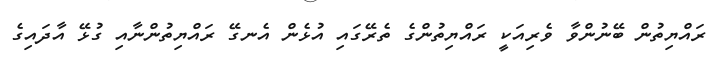
ރައްޔިތުން ބޭނުންވާ ވެރިއަކީ ރައްޔިތުންގެ ތެރޭގައި އުޅެން އެނގޭ ރައްޔިތުންނާއި ގުޅޭ އާދައިގެ